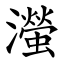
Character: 㶈